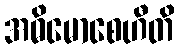
အဓိမောစေဟီတိ